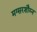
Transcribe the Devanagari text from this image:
मग्सरशौय्न